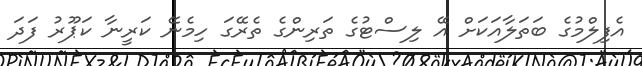
އެފިލްމުގެ ބަތަލާއަކަށް އޭ ލިސްޓުގެ ތަރިންގެ ތެރޭގަ ހިމެނޭ ކަރީނާ ކަޕޫރު ފަދަ